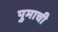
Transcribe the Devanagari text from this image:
पुमाची